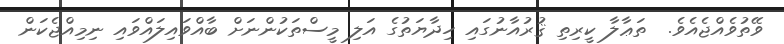
ވޭތުވެއްޖެއެވެ.  ތަޢާލާ ކީރިތި ޤުރުއާނުގައި ހިދާޔަތުގެ އަލި މީސްތަކުންނަށް ބާއްވައިލައްވައި ނިމިއްޖެކަން